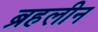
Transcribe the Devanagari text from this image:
ब्रहलीन